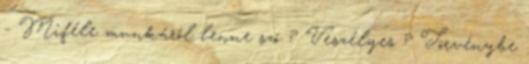
- Miféle munkáról lenne szó ? Veszélyes ? Törvénybe